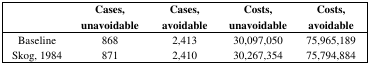
<table><thead><tr><td></td><td><b>Cases, unavoidable</b></td><td><b>Cases, avoidable</b></td><td><b>Costs, unavoidable</b></td><td><b>Costs, avoidable</b></td></tr></thead><tbody><tr><td>Baseline</td><td>868</td><td>2,413</td><td>30,097,050</td><td>75,965,189</td></tr><tr><td>Skog, 1984</td><td>871</td><td>2,410</td><td>30,267,354</td><td>75,794,884</td></tr></tbody></table>